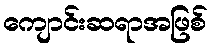
ကျောင်းဆရာအဖြစ်